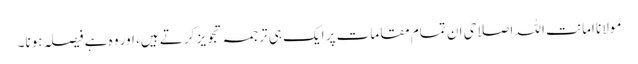
مولانا امانت اللہ اصلاحی ان تمام مقامات پر ایک ہی ترجمہ تجویز کرتے ہیں، اور وہ ہے فیصلہ ہونا۔